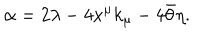
\alpha = 2 \lambda - 4 x ^ { \mu } k _ { \mu } - 4 \bar { \theta } \eta .